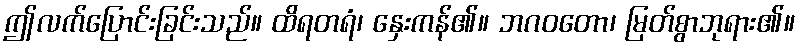
ဤလက်ပြောင်းခြင်းသည်။ ထိရတရံ၊ နှေးကန်၏။ ဘဂဝတော၊ မြတ်စွာဘုရား၏။